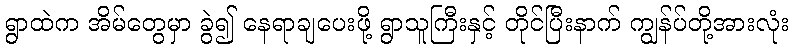
ရွာထဲက အိမ်တွေမှာ ခွဲ၍ နေရာချပေးဖို့ ရွာသူကြီးနှင့် တိုင်ပြီးနာက် ကျွန်ပ်တို့အားလုံး